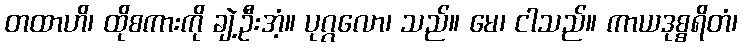
တထာဟိ၊ ထိုစကားကို ချဲ့ဦးအံ့။ ပုဂ္ဂလော၊ သည်။ မေ၊ ငါသည်။ ကာယဒုစ္စရိတံ၊